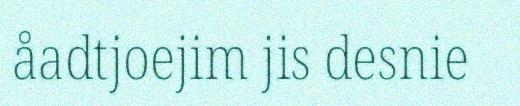
åadtjoejim jis desnie